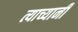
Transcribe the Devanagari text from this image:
त्याच्यानी